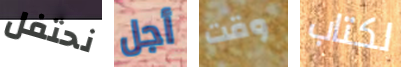
نحتفل أجل وقت لكتاب